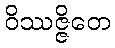
ဝိဿဇ္ဇိတေ